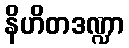
နိဟိတဒဏ္ဍာ